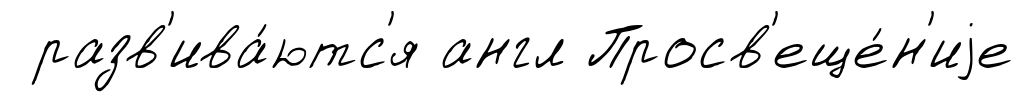
разв'ива́ютс'я англ Просв'еще́н'иjе